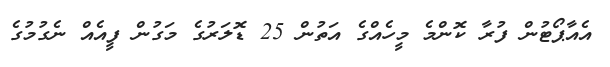
އެއާޕޯޓުން ފުރާ ކޮންމެ މީހެއްގެ އަތުން 25 ޑޮލަރުގެ މަގުން ފީއެއް ނެގުމުގެ